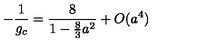
- { \frac { 1 } { g _ { c } } } = { \frac { 8 } { 1 - { \frac { 8 } { 3 } } a ^ { 2 } } } + O ( a ^ { 4 } )